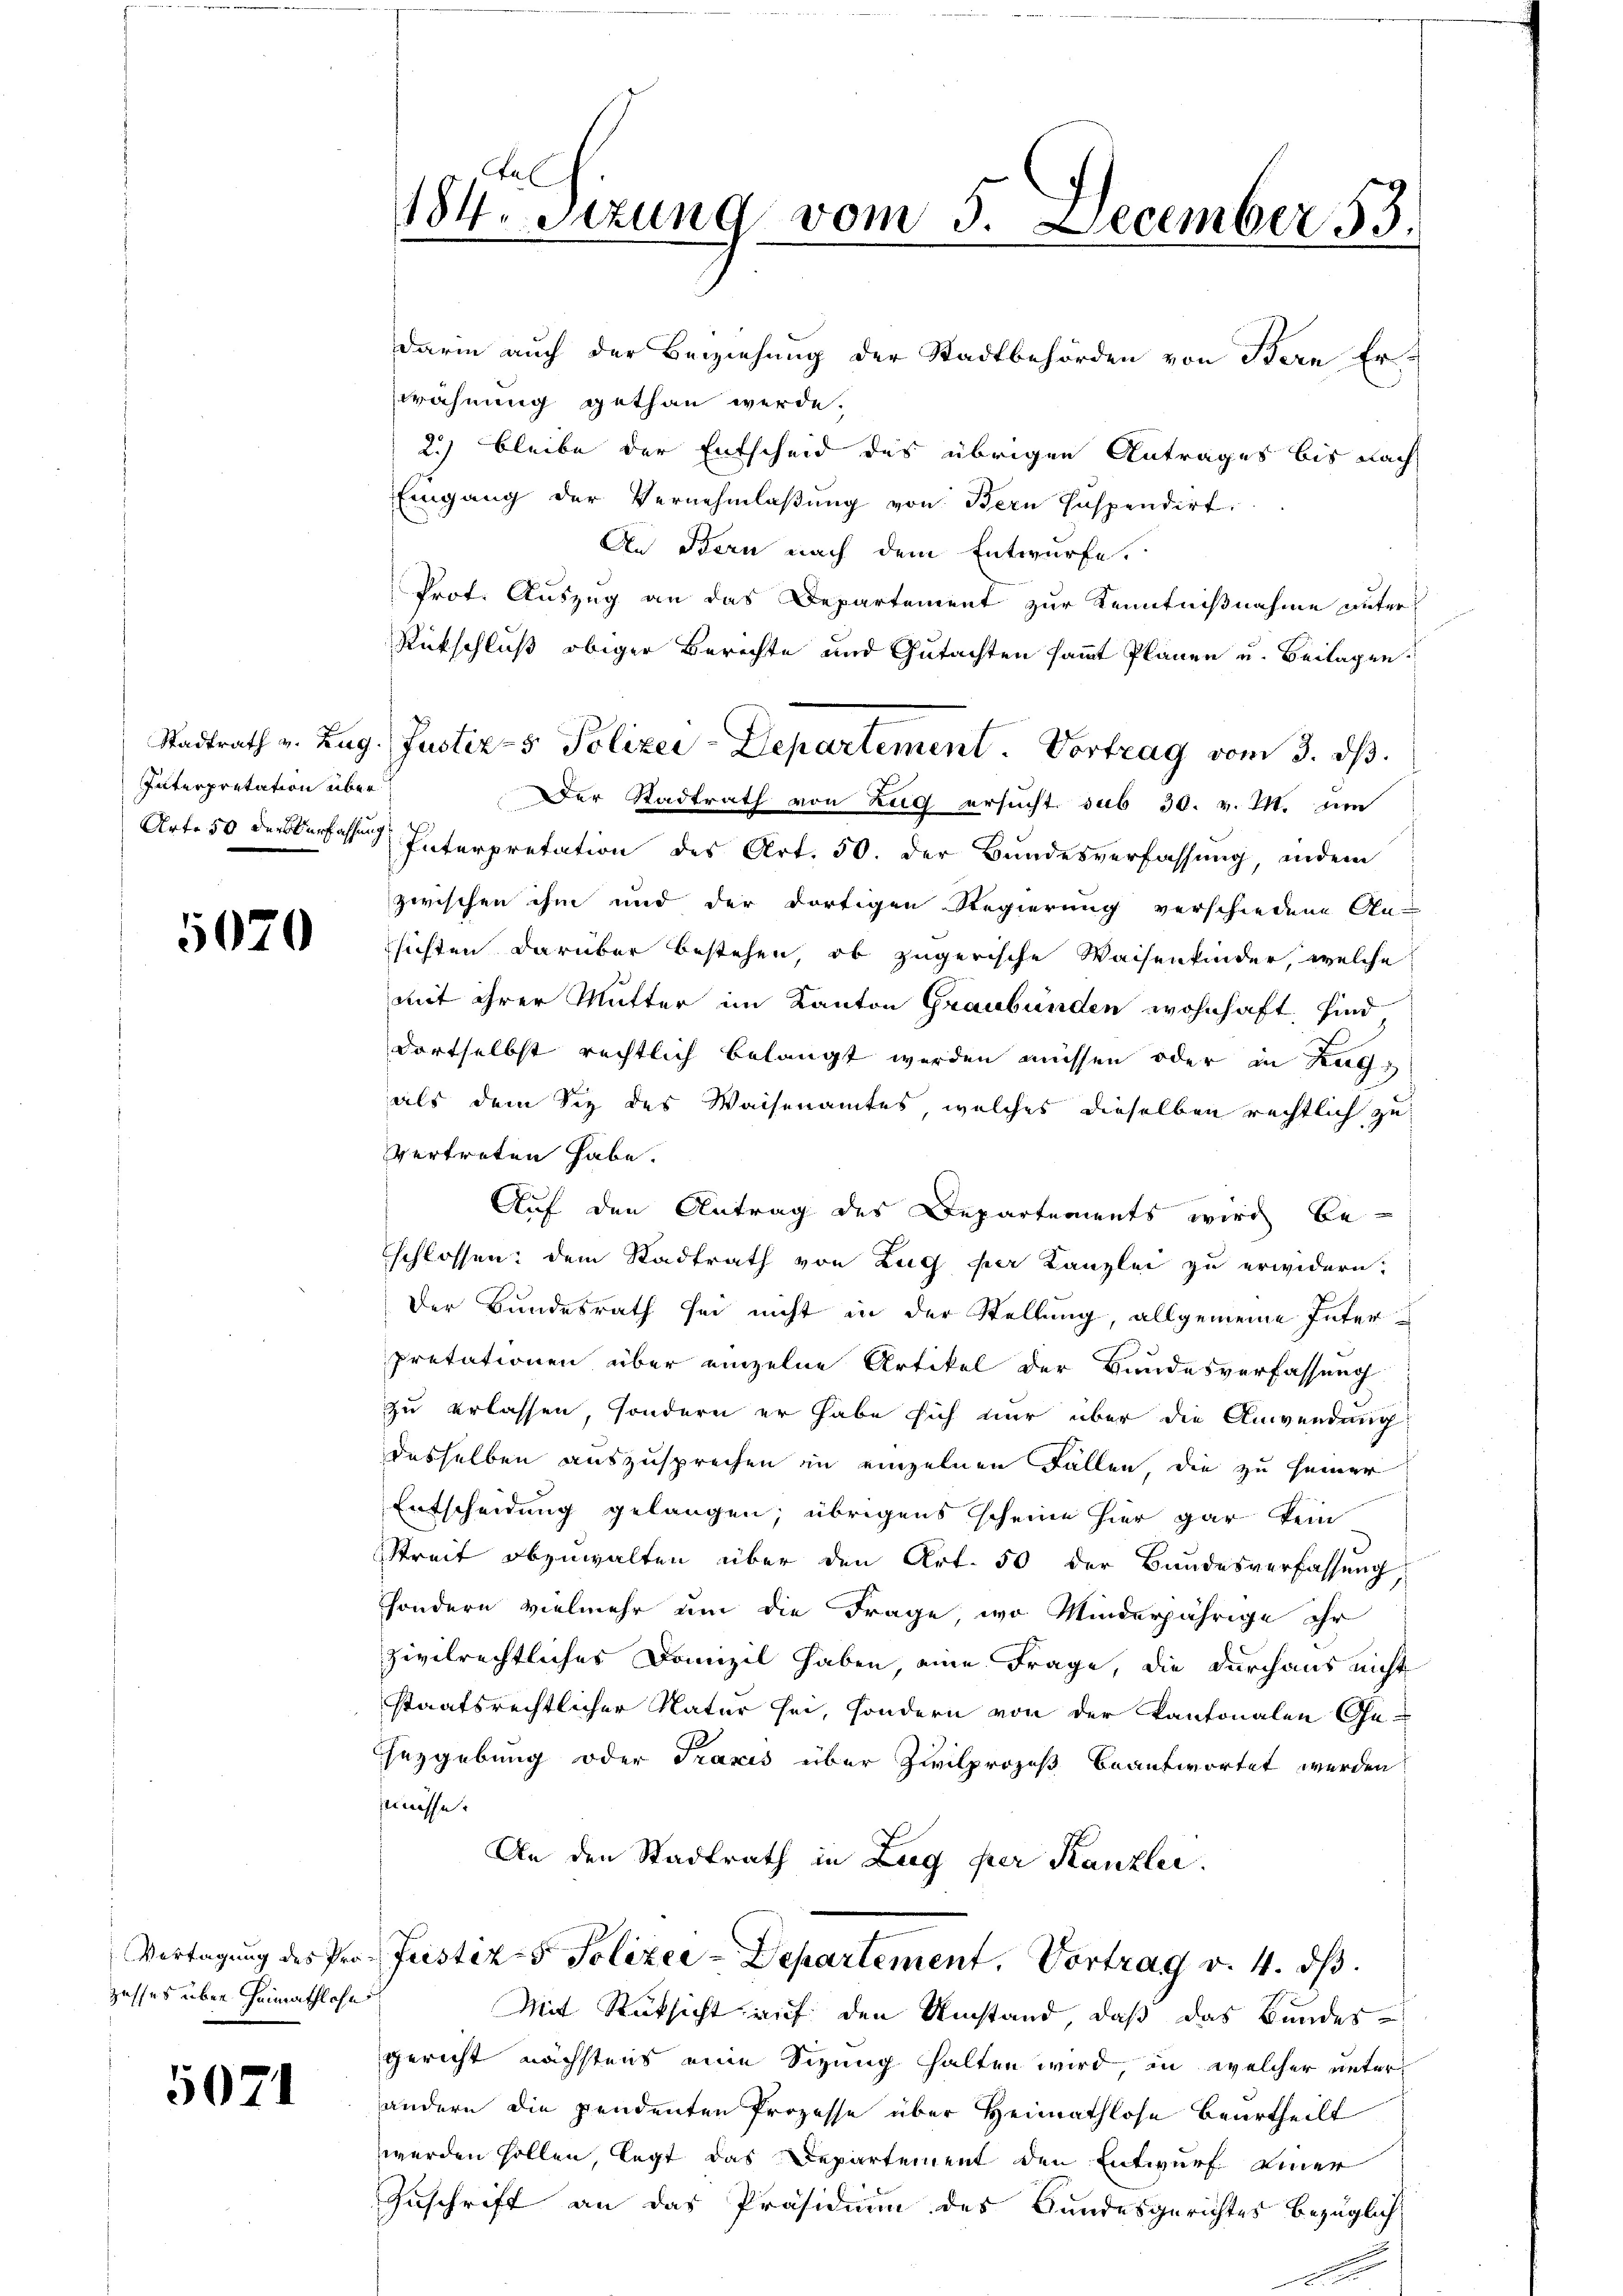
Interpretation über

5070

Vertagung des Prozesses über Heimathlose

5071

fa
184. Sezung vom 5. December 53.

darin auch der Beiziehung der Stadtbehörden von Bern Erwähnung gethan werde.
2.) bleibe der Entscheid des übrigen Antrages bis nach
Eingang der Vernehmlassung von Bern suspendirt.
An Bern nach dem Entwurfe.
Prot. Auszug an das Departement zur Kenntnißnahme unter¬
Rütschluß obiger Berechte und Gutachten sammt Plänen u. Beilagen.
Der Stadtrath von Zug ersucht sub 30. v. M. um
Art. 50 der Verfassen Interpretation des Art. 50. der Bundesverfassung, indem
zwischen ihm und der dortigen Regierung verschiedene An-
sichten darüber bestehen, ob zugerische Waisenkinder, welche
mit ihrer Mutter im Kanton Graubünden wohnhaft, sind
dortselbst rechtlich belangt werden müssen oder in Lage
als dem Siz des Waisenamtes, welches dieselben rechtlich zu
vertreten habe.
Auf den Antrag des Departements wird be-
schlossen: dem Stadtrath von Zug per Kanzlei zu erwidern:
Der Bundesrath sei nicht in der Stellung, allgemeine Interpretationen über einzelne Artikel der Bundesverfassung
zu erlassen, sondern er habe sich nur über die Anwendung
desselben auszusprechen in einzelnen Fallen, die zu seiner
Entscheidung gelangen; übrigens scheine hier gar kein
Streit abzuwalten über den Art. 50 der Bundesverfassung,
sondern vielmehr um die Frage, wo Minderjährige ihr
zivilrechtliches Domizil haben, eine Frage, die durchaus nicht
staatsrechtlicher Natur sei, sondern von der Kantonalen Ge-
sezgebung oder Praxis über Zivilprozeß beantwortet werden
mnisse
An den Stadtrath in Zug per Kanzlei.
Justiz- & Polizer-Departement. Vortrag v. 4. ds.
Mit Rücksicht auf den Umstand, daß das Bundes-
gericht nächstens eine Sizung halten wird, in welcher unterandern die pendenten Prozesse über Heimathlose beurtheilt
werden sollen, legt das Departement den Entwurf einer
Zuschrift an das Präsidium des Bundesgerichtes bezüglich

Stadtrath v. Zug. Justiz- & Polizei-Departement. Vortrag vom 3. dβ.